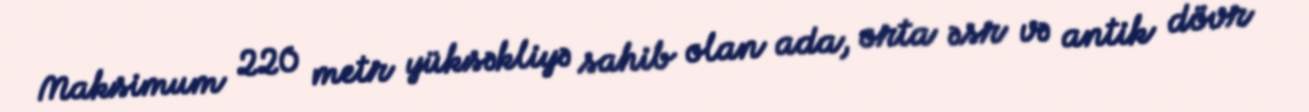
Maksimum 220 metr yüksəkliyə sahib olan ada, orta əsr və antik dövr